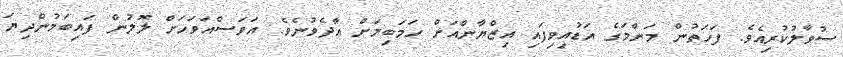
ސުވާލުކުރިއެވެ. ފަހަތުން މަންމަގެ އަޑުއިވިފައި އިޒްޔާންއަށް ހަމަބިމަށް އާދެވުނެވެ. އަވަސްއަވަހަށް ލޮލުން ފައިބަމުންދިޔަ